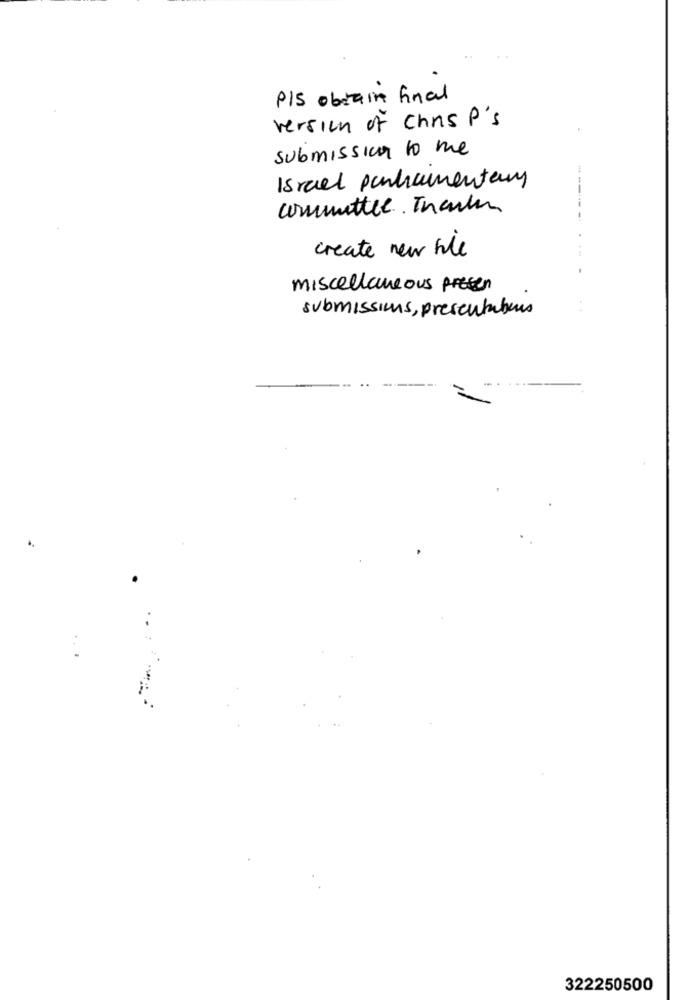
PIS obtain final
version of Christ's
submission to me
Israel panhamentary
committee. Thanks
create new ble
miscellaneous presen
submissions, presentabors
...
322250500